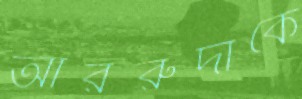
আররুদাকে